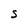
Character: S